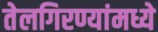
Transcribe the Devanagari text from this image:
तेलगिरण्यांमध्ये